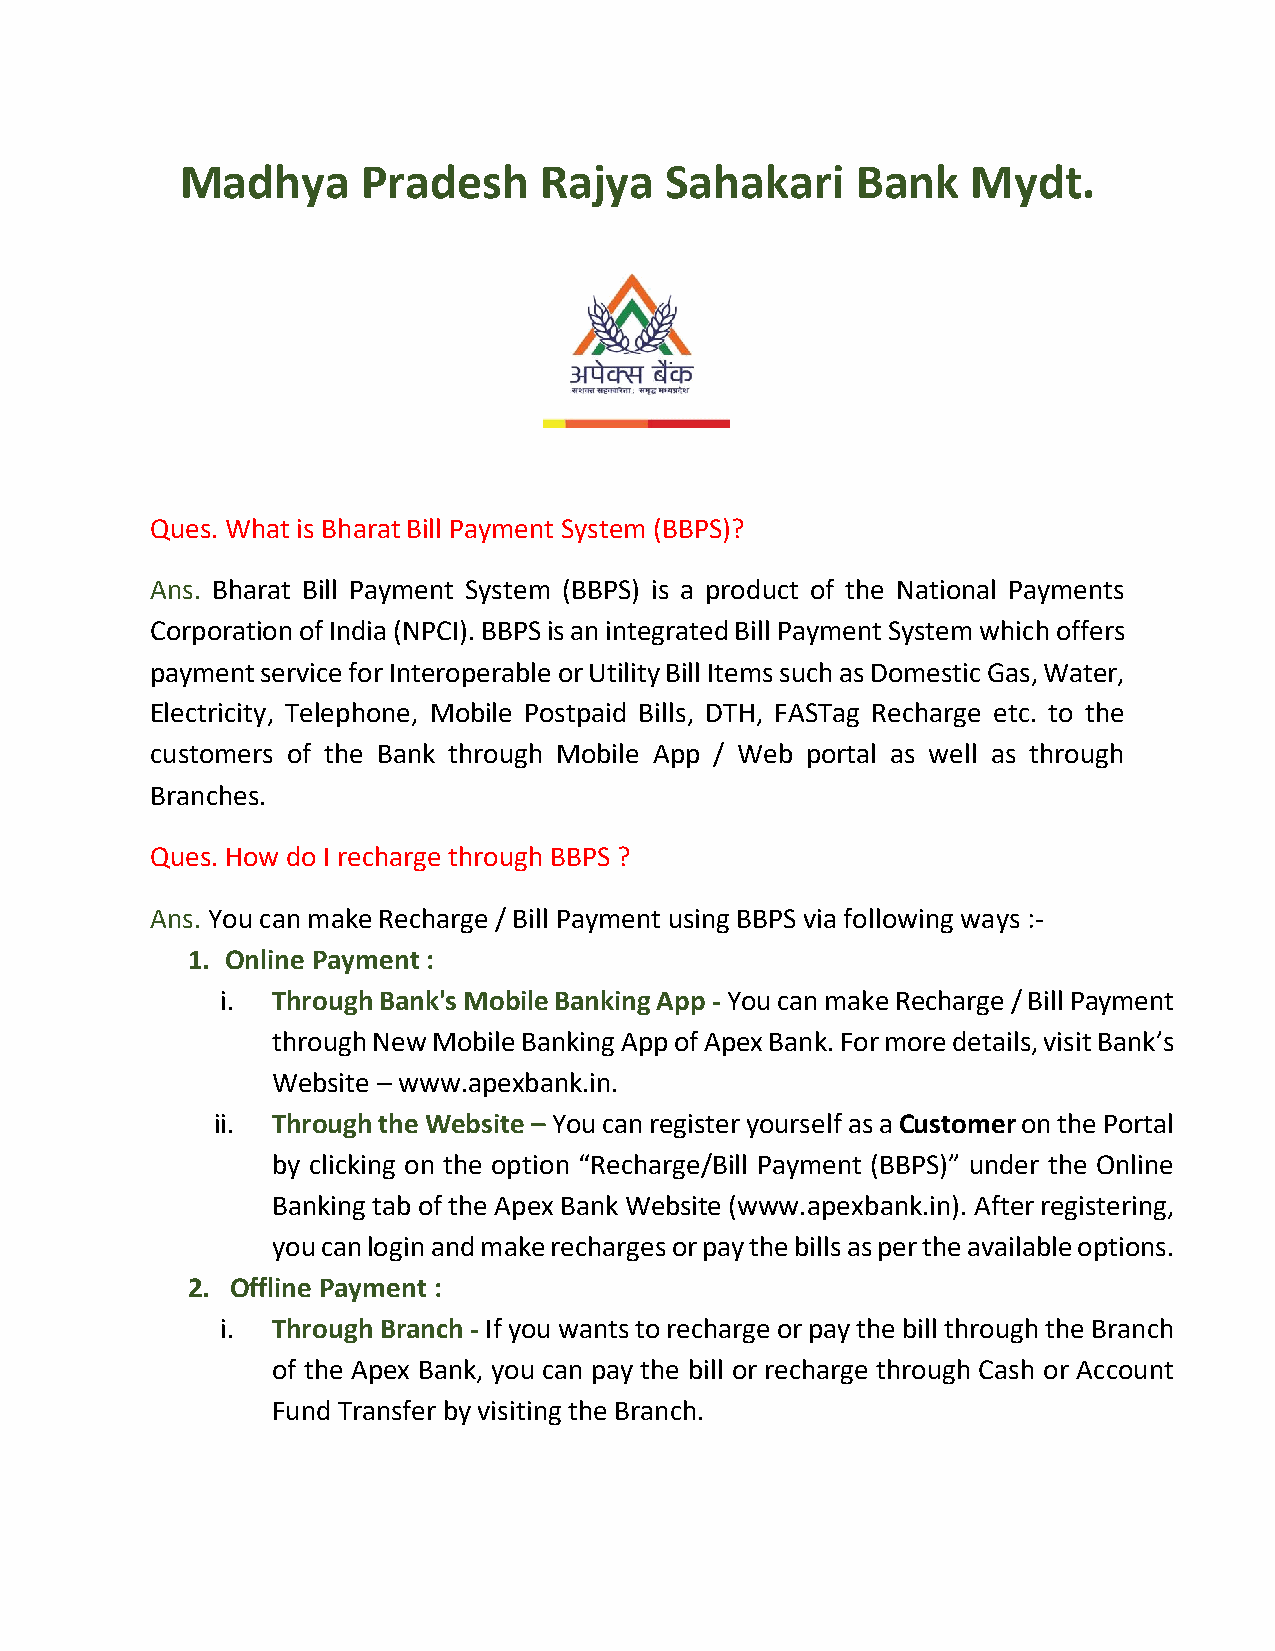
Madhya      Pradesh     Rajya   Sahakari     Bank   Mydt.
 Ques. What is Bharat Bill Payment System (BBPS)?
 Ans. Bharat Bill Payment System (BBPS) is a product of the National Payments
 Corporation of India (NPCI). BBPS is an integrated Bill Payment System which offers
 payment service for Interoperable or Utility Bill Items such as Domestic Gas, Water,
 Electricity, Telephone, Mobile Postpaid Bills, DTH, FASTag Recharge etc. to the
 customers of the Bank through Mobile App / Web portal as well as through
 Branches.
 Ques. How do I recharge through BBPS ?
 Ans. You can make Recharge / Bill Payment using BBPS via following ways :-
 1. Online Payment :
 i. Through Bank's Mobile Banking App - You can make Recharge / Bill Payment
 through New Mobile Banking App of Apex Bank. For more details, visit Bank’s
 Website – www.apexbank.in.
 ii. Through the Website – You can register yourself as a Customer on the Portal
 by clicking on the option “Recharge/Bill Payment (BBPS)” under the Online
 Banking tab of the Apex Bank Website (www.apexbank.in). After registering,
 you can login and make recharges or pay the bills as per the available options.
 2. Offline Payment :
 i. Through Branch - If you wants to recharge or pay the bill through the Branch
 of the Apex Bank, you can pay the bill or recharge through Cash or Account
 Fund Transfer by visiting the Branch.